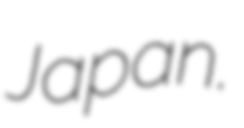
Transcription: Japan.